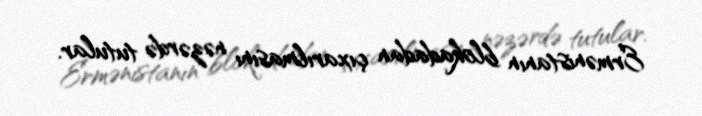
Ermənistanın blokadadan çıxarılmasını nəzərdə tutular.